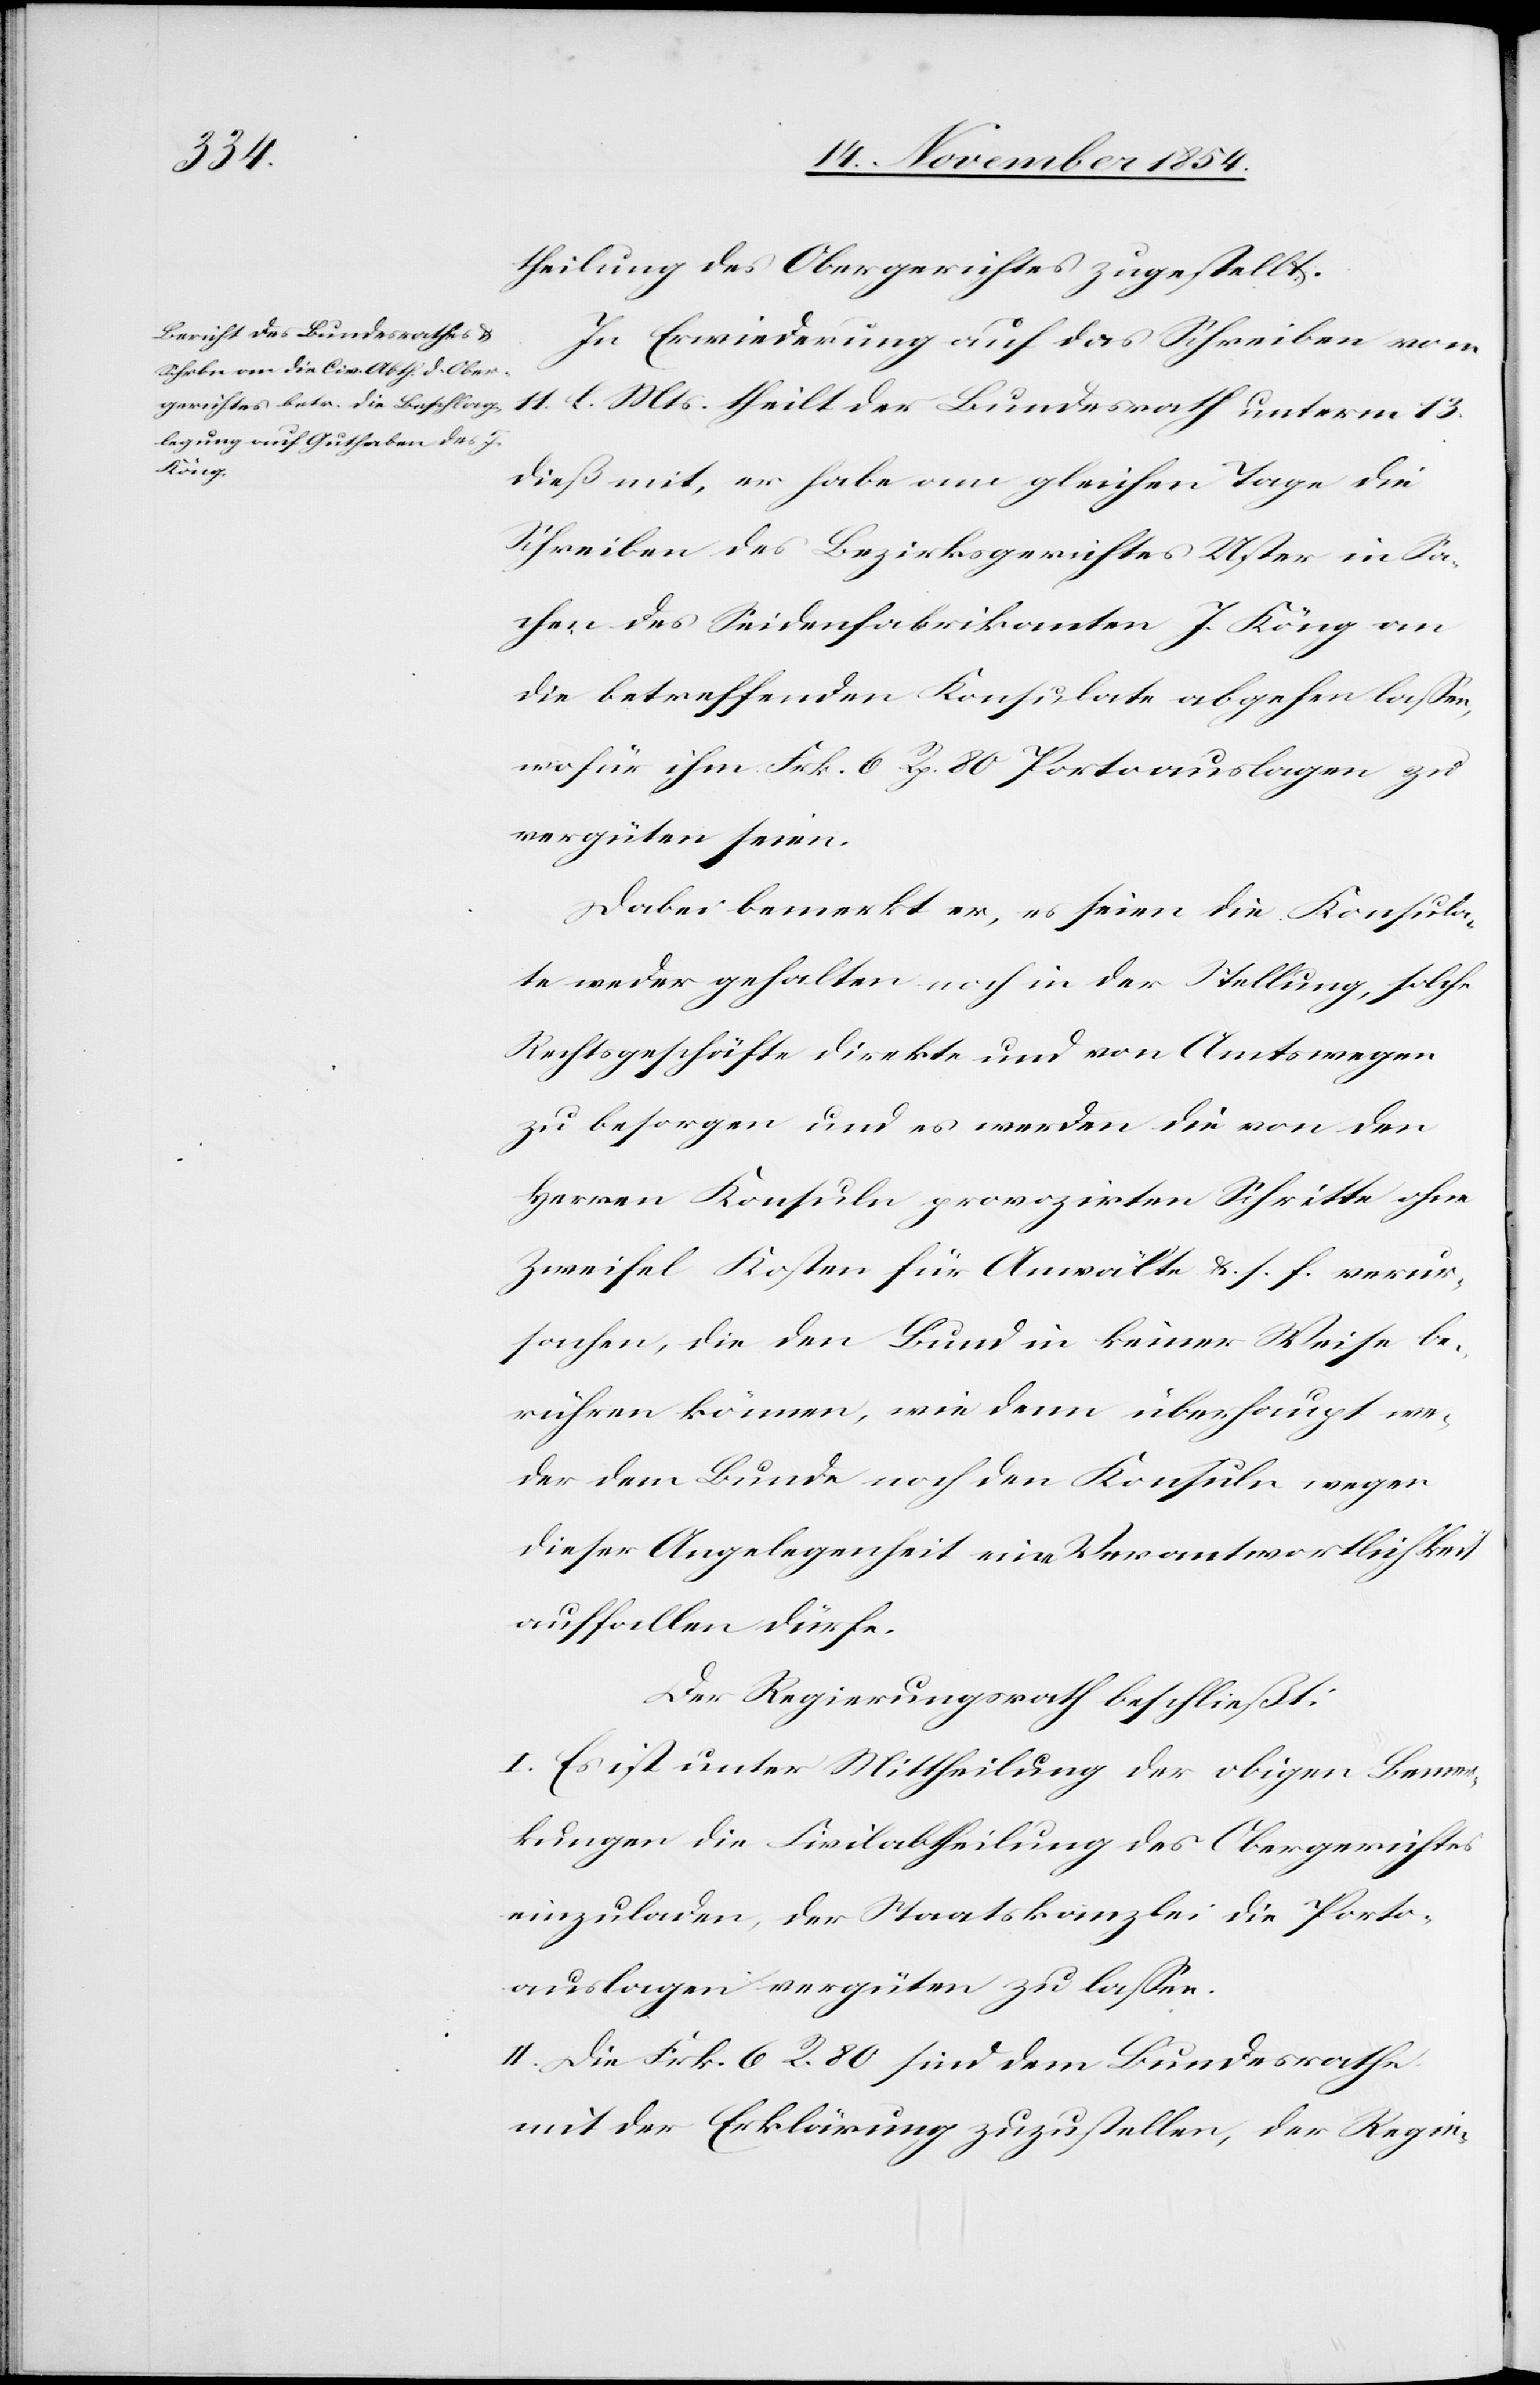
theilung des Obergerichtes zugestellt.
In Erwiederung auf das Schreiben vom
11. l. Mts. theilt der Bundesrath unterm 13.
dieß mit, er habe am gleichen Tage die
Schreiben des Bezirksgerichtes Uster in Sa¬
chen des Seidenfabrikaten J. Köng an
die betreffenden Konsulate abgehen laßen,
wofür ihm Frk. 6 Rp. 80 Portoauslagen zu
vergüten seien.
Dabei bemerkt er, es seien die Konsula¬
te weder gehalten noch in der Stellung, solche
Rechtsgeschäfte diskrete und von Amtswegen
zu besorgen und es werden die von den
Herren Konsuln provozirten Schritte ohne
Zweifel Kosten für Anwälte u. s. f. verur¬
sachen, die den Bund in keiner Weise be¬
rühren könne, wie denn überhaupt we¬
der dem Bunde noch den Konsuln wegen
dieser Angelegenheit eine Verantwortlichkeit
auffallen dürfe.
Der Regierungsrath beschließt:
I. Es ist unter Mittheilung der obigen Bemer¬
kung die Civilabtheilung des Obergerichtes
einzuladen, der Staatskanzlei die Porto¬
auslagen vergüten zu laßen.
II. Die Frk. 6 R. 80 sind dem Bundesrathe
mit der Erklärung zuzustellen, der Regie-